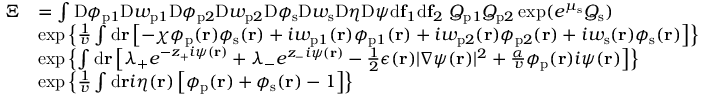
\begin{array} { r l } { \Xi } & { = \int \mathrm { D } \phi _ { \mathrm { p } 1 } \mathrm { D } w _ { \mathrm { p } 1 } \mathrm { D } \phi _ { \mathrm { p } 2 } \mathrm { D } w _ { \mathrm { p } 2 } \mathrm { D } \phi _ { \mathrm { s } } \mathrm { D } w _ { \mathrm { s } } \mathrm { D } \eta \mathrm { D } \psi \mathrm { d } \mathbf { f } _ { 1 } \mathrm { d } \mathbf { f } _ { 2 } \ Q _ { \mathrm { p } 1 } Q _ { \mathrm { p } 2 } \exp ( e ^ { \mu _ { \mathrm { s } } } Q _ { \mathrm { s } } ) } \\ & { \exp \left\{ \frac { 1 } { v } \int \mathrm { d } \mathbf { r } \left[ - \chi \phi _ { \mathrm { p } } ( \mathbf { r } ) \phi _ { \mathrm { s } } ( \mathbf { r } ) + i w _ { \mathrm { p } 1 } ( \mathbf { r } ) \phi _ { \mathrm { p } 1 } ( \mathbf { r } ) + i w _ { \mathrm { p } 2 } ( \mathbf { r } ) \phi _ { \mathrm { p } 2 } ( \mathbf { r } ) + i w _ { \mathrm { s } } ( \mathbf { r } ) \phi _ { \mathrm { s } } ( \mathbf { r } ) \right] \right\} } \\ & { \exp \left\{ \int \mathrm { d } \mathbf { r } \left[ \lambda _ { + } e ^ { - z _ { + } i \psi ( \mathbf { r } ) } + \lambda _ { - } e ^ { z _ { - } i \psi ( \mathbf { r } ) } - \frac { 1 } { 2 } \epsilon ( \mathbf { r } ) | \nabla \psi ( \mathbf { r } ) | ^ { 2 } + \frac { \alpha } { v } \phi _ { \mathrm { p } } ( \mathbf { r } ) i \psi ( \mathbf { r } ) \right] \right\} } \\ & { \exp \left\{ \frac { 1 } { v } \int \mathrm { d } \mathbf { r } i \eta ( \mathbf { r } ) \left[ \phi _ { \mathrm { p } } ( \mathbf { r } ) + \phi _ { \mathrm { s } } ( \mathbf { r } ) - 1 \right] \right\} } \end{array}